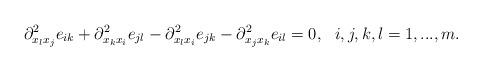
LaTeX: \begin{align*}\partial^2_{x_lx_j}e_{ik}+\partial^2_{x_kx_i}e_{jl}-\partial^2_{x_lx_i}e_{jk}-\partial^2_{x_jx_k}e_{il}=0,\ \ i,j,k,l=1,...,m.\end{align*}